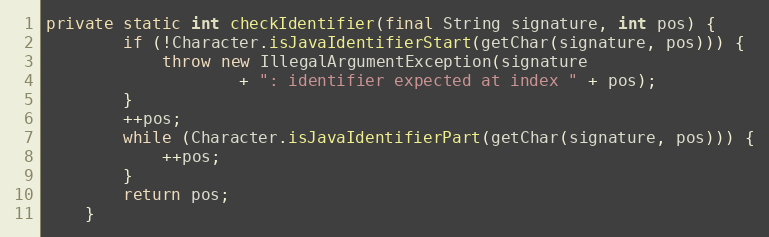
Language: Java
private static int checkIdentifier(final String signature, int pos) {
        if (!Character.isJavaIdentifierStart(getChar(signature, pos))) {
            throw new IllegalArgumentException(signature
                    + ": identifier expected at index " + pos);
        }
        ++pos;
        while (Character.isJavaIdentifierPart(getChar(signature, pos))) {
            ++pos;
        }
        return pos;
    }